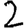
Digit: 2